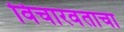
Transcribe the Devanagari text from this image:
विचारवंताचा